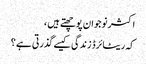
اکثر نوجوان پوچھتے ہیں ،
کہ ریٹائرڈ زندگی کیسے گذرتی ہے ؟